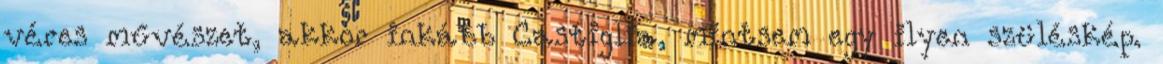
véres művészet, akkor inkább Castiglia, mintsem egy ilyen szüléskép.